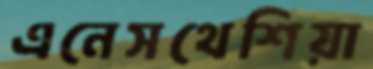
এনেসথেশিয়া